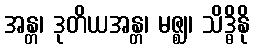
အန္တ၊ ဒုတိယအန္တ၊ မဇ္ဈ၊ သိဒ္ဓိနို